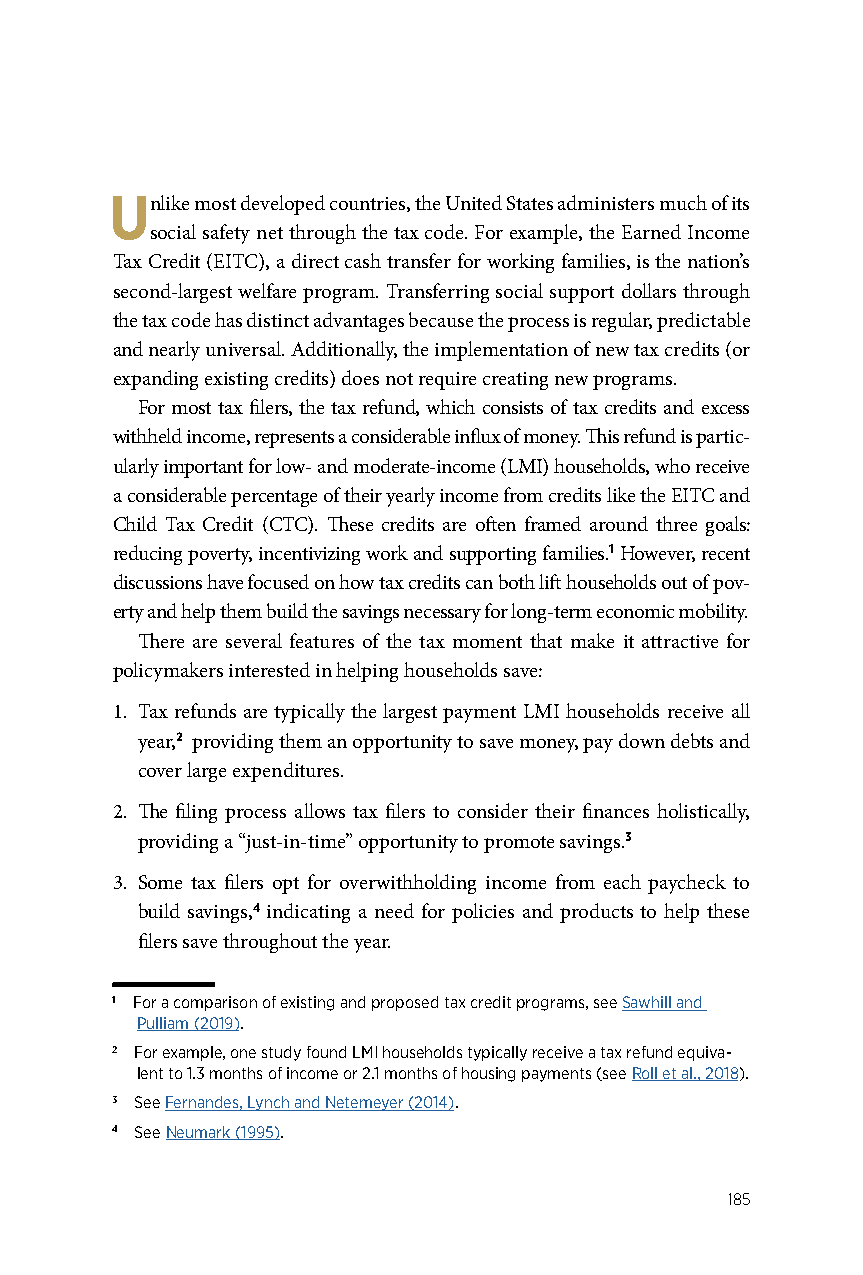
Unlike most developed countries, the United States administers much of its
 social safety net through the tax code. For example, the Earned Income
 Tax Credit (EITC), a direct cash transfer for working families, is the nation’s
 second-largest welfare program. Transferring social support dollars through
 the tax code has distinct advantages because the process is regular, predictable
 and nearly universal. Additionally, the implementation of new tax credits (or
 expanding existing credits) does not require creating new programs.
 For most tax filers, the tax refund, which consists of tax credits and excess
 withheld income, represents a considerable influx of money. This refund is partic-
 ularly important for low- and moderate-income (LMI) households, who receive
 a considerable percentage of their yearly income from credits like the EITC and
 Child Tax Credit (CTC). These credits are often framed around three goals:
 reducing poverty, incentivizing work and supporting families.1 However, recent
 discussions have focused on how tax credits can both lift households out of pov-
 erty and help them build the savings necessary for long-term economic mobility.
 There are several features of the tax moment that make it attractive for
 policymakers interested in helping households save:
 1. Tax refunds are typically the largest payment LMI households receive all
 year,2 providing them an opportunity to save money, pay down debts and
 cover large expenditures.
 2. The filing process allows tax filers to consider their finances holistically,
 providing a “just-in-time” opportunity to promote savings.3
 3. Some tax filers opt for overwithholding income from each paycheck to
 build savings,4 indicating a need for policies and products to help these
 filers save throughout the year.
 1 For a comparison of existing and proposed tax credit programs, see Sawhill and
 Pulliam (2019).
 2 For example, one study found LMI households typically receive a tax refund equiva-
 lent to 1.3 months of income or 2.1 months of housing payments (see Roll et al., 2018).
 3 See Fernandes, Lynch and Netemeyer (2014).
 4 See Neumark (1995).
 185